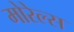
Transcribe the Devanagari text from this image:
मोरेल्स